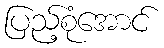
ပြည့်စုံအောင်